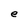
Character: e